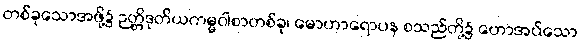
တစ်ခုသောအဖို့၌ ဉတ္တိဒုတိယကမ္မဝါစာတစ်ခု၊ မောဟာရောပန စသည်တို့၌ ဟောအပ်သော